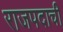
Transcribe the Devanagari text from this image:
राजपदाची